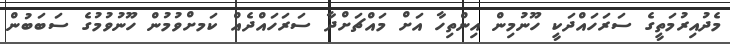
މެދުއިރުމަތީގެ ސަރަހައްދަކީ ހޫނުމިން އިންތިހާ އަށް މައްޗަށްދާ ސަރަހައްދެއް ކަަމށްވުމުން ހޫނުވުމުގެ ސަބަބުން